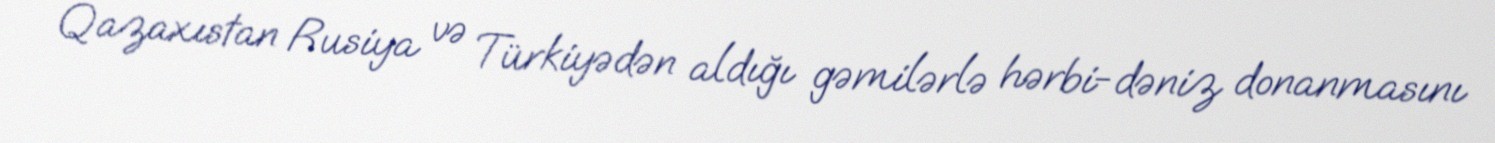
Qazaxıstan Rusiya və Türkiyədən aldığı gəmilərlə hərbi-dəniz donanmasını